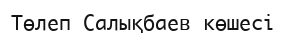
Төлеп Салықбаев көшесі